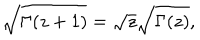
\sqrt { \Gamma ( z + 1 ) } = \sqrt z \sqrt { \Gamma ( z ) } ,